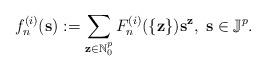
LaTeX: \begin{align*}f_{n}^{(i)}(\mathbf{s}):=\sum_{\mathbf{z}\in \mathbb{N}_{0}^{p}}F_{n}^{(i)}(\{\mathbf{z}\})\mathbf{s}^{\mathbf{z}},\;\mathbf{s}\in \mathbb{J}^{p}.\end{align*}